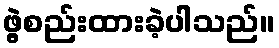
ဖွဲ့စည်းထားခဲ့ပါသည်။